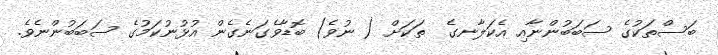
ބަސްތަކުގެ ސަބަބުންނާއި އެކަލާނގެ  ތަކަށް ( ނުވެ) ބޮޑާވެގަނެގެން އުޅުނުކަމުގެ ސަބަބުންނެވެ.